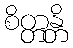
စိတ္တန္တိ